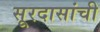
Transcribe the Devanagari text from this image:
सूरदासांची